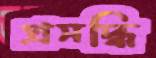
প্রসদ্ধি